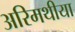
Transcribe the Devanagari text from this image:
अरिमथीया